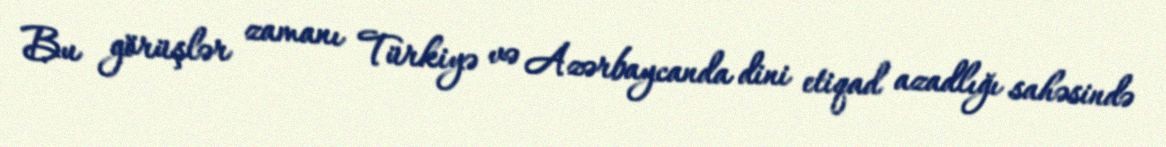
Bu görüşlər zamanı Türkiyə və Azərbaycanda dini etiqad azadlığı sahəsində